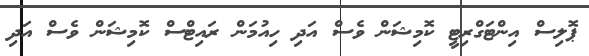
ޕޮލިސް އިންޓަގްރިޓީ ކޮމިޝަން ވެސް އަދި ހިއުމަން ރައިޓްސް ކޮމިޝަން ވެސް އަދި